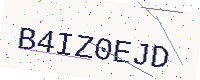
Text: B4IZ0EJD